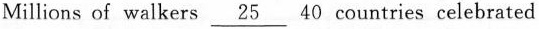
Millions of walkers \underline{25}40 countries celebrated